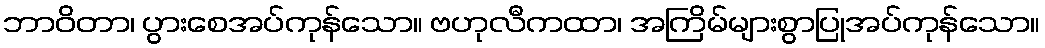
ဘာဝိတာ၊ ပွားစေအပ်ကုန်သော။ ဗဟုလီကထာ၊ အကြိမ်များစွာပြုအပ်ကုန်သော။